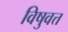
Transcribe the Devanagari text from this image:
विषुवत्त